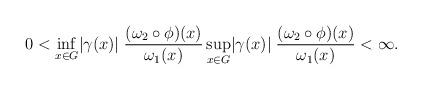
LaTeX: \begin{align*}0<\inf_{x\in G}\lvert\gamma(x)\rvert\;\frac{(\omega_2\circ\phi)(x)}{\omega_1(x)} \sup_{x\in G}\lvert\gamma(x)\rvert\;\frac{(\omega_2\circ\phi)(x)}{\omega_1(x)}<\infty.\end{align*}